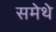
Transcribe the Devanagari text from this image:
समेथे